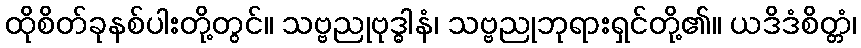
ထိုစိတ်ခုနစ်ပါးတို့တွင်။ သဗ္ဗညုဗုဒ္ဓါနံ၊ သဗ္ဗညုဘုရားရှင်တို့၏။ ယဒိဒံစိတ္တံ၊